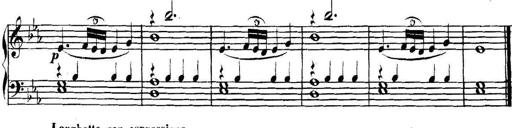
Title: Collected Piano Sonatas
Composer: Muzio Clementi